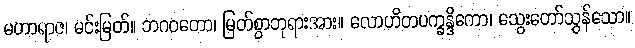
မဟာရာဇ၊ မင်းမြတ်။ ဘဂဝတော၊ မြတ်စွာဘုရားအား။ လောဟိတပက္ခန္ဒိကော၊ သွေးတော်သွန်သော။